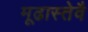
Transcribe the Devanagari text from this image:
मूढास्तेवै